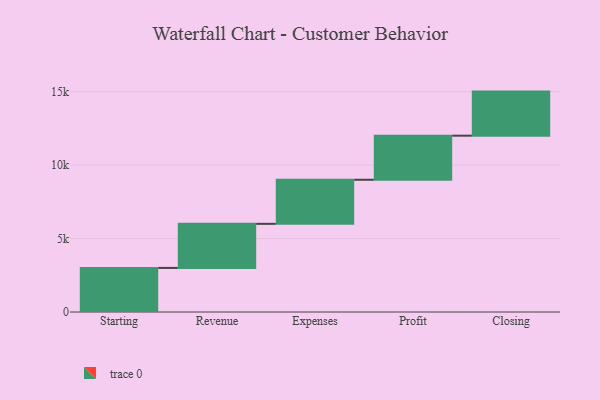
{"axis": {"x": "Step", "y": "Value"}, "legend": [""], "data": [{"x": "Starting", "y": 3000, "type": ""}, {"x": "Revenue", "y": 3000, "type": ""}, {"x": "Expenses", "y": 3000, "type": ""}, {"x": "Profit", "y": 3000, "type": ""}, {"x": "Closing", "y": 3000, "type": ""}]}